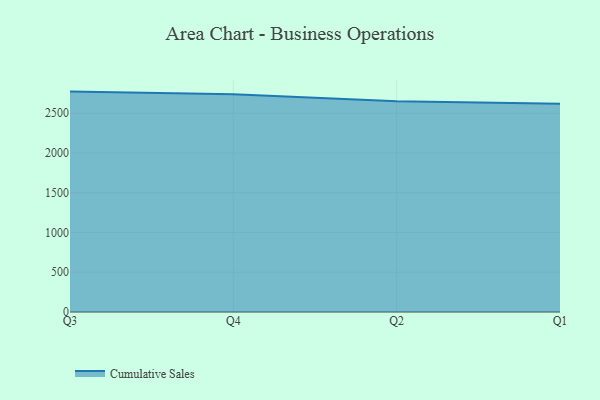
{"axis": {"x": "Quarter", "y": "Net Income (USD K)"}, "legend": ["Cumulative Sales"], "data": [{"x": "Q3", "y": 2771.6, "type": "Cumulative Sales"}, {"x": "Q4", "y": 2737.6, "type": "Cumulative Sales"}, {"x": "Q2", "y": 2649.6, "type": "Cumulative Sales"}, {"x": "Q1", "y": 2617.3, "type": "Cumulative Sales"}]}